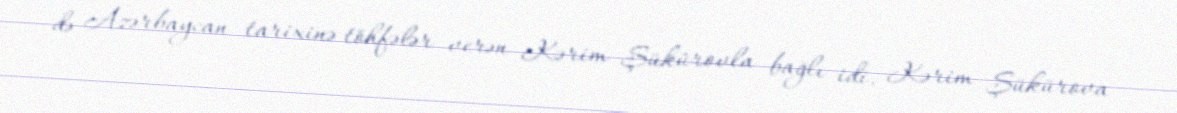
də Azərbaycan tarixinə töhfələr verən Kərim Şükürovla bağlı idi. Kərim Şükürova